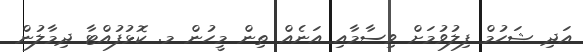
އަދި ޝަހުމް ފިލުވުމަށް ވިސާމާއި އަނެއް ތިން މީހުން މ. ކޮޅުފުއްޓާ ދިމާލުން